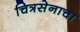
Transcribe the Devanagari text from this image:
चित्रसेनाचा